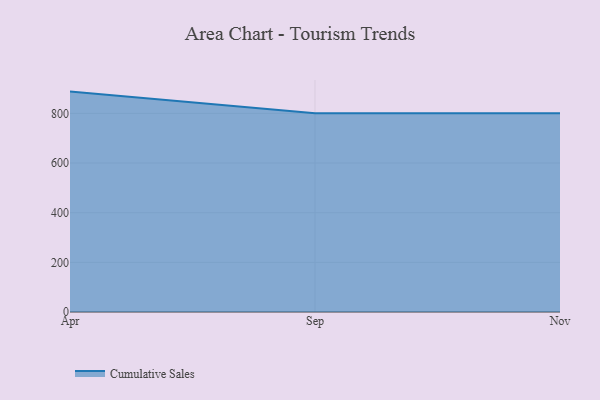
{"axis": {"x": "Month", "y": "Waste Production (Tons)"}, "legend": ["Cumulative Sales"], "data": [{"x": "Apr", "y": 887.7, "type": "Cumulative Sales"}, {"x": "Sep", "y": 800, "type": "Cumulative Sales"}, {"x": "Nov", "y": 800, "type": "Cumulative Sales"}]}